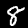
Label: 8